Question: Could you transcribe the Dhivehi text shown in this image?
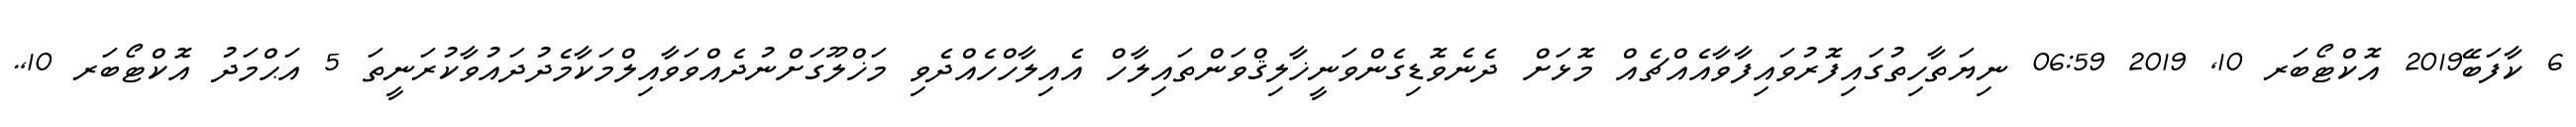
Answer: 6 ކާފަބޭ2019 އޮކްޓޯބަރ 10, 2019 06:59 ނިޔަތާހިތުގައިފޮރުވައިފާވާއެއްޗެއް މޮޅަށް ދެނެވޮޑިގެންވަނީޚާލިޤްވަންތައިލާހް އެއިލާހްހެއްދެވި މަޚްލޫގަށްނުދެއްވަވާއިލްމަކާމެދުދައުވާކުރަނީތަ 5 އަޙްމަދު އޮކްޓޯބަރ 10,.